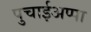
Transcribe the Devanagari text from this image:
पुचाईअप्पा